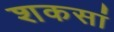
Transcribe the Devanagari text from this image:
शकसां